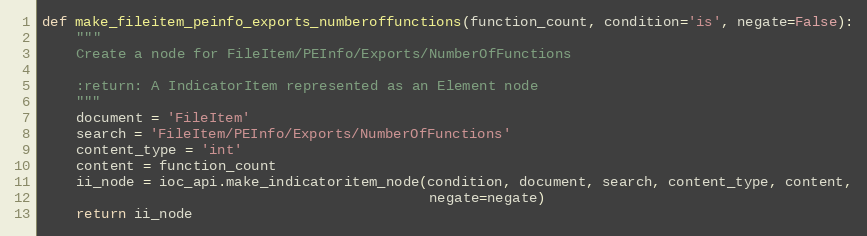
Language: Python
def make_fileitem_peinfo_exports_numberoffunctions(function_count, condition='is', negate=False):
    """
    Create a node for FileItem/PEInfo/Exports/NumberOfFunctions

    :return: A IndicatorItem represented as an Element node
    """
    document = 'FileItem'
    search = 'FileItem/PEInfo/Exports/NumberOfFunctions'
    content_type = 'int'
    content = function_count
    ii_node = ioc_api.make_indicatoritem_node(condition, document, search, content_type, content,
                                              negate=negate)
    return ii_node